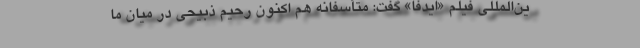
ین‌المللی فیلم «ایدفا» گفت: متأسفانه هم اکنون رحیم ذبیحی در میان ما